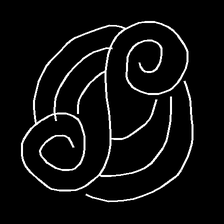
Glyph: wind-underfoot